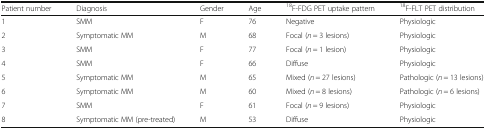
<table><thead><tr><td><b>Patient number</b></td><td><b>Diagnosis</b></td><td><b>Gender</b></td><td><b>Age</b></td><td><b><sup>18</sup>F-FDG PET uptake pattern</b></td><td><b><sup>18</sup>F-FLT PET distribution</b></td></tr></thead><tbody><tr><td>1</td><td>SMM</td><td>F</td><td>76</td><td>Negative</td><td>Physiologic</td></tr><tr><td>2</td><td>Symptomatic MM</td><td>M</td><td>68</td><td>Focal (<i>n</i> = 3 lesions)</td><td>Physiologic</td></tr><tr><td>3</td><td>SMM</td><td>F</td><td>77</td><td>Focal (<i>n</i> = 1 lesion)</td><td>Physiologic</td></tr><tr><td>4</td><td>SMM</td><td>F</td><td>66</td><td>Diffuse</td><td>Physiologic</td></tr><tr><td>5</td><td>Symptomatic MM</td><td>M</td><td>65</td><td>Mixed (<i>n</i> = 27 lesions)</td><td>Pathologic (<i>n</i> = 13 lesions)</td></tr><tr><td>6</td><td>Symptomatic MM</td><td>M</td><td>60</td><td>Mixed (<i>n</i> = 8 lesions)</td><td>Pathologic (<i>n</i> = 6 lesions)</td></tr><tr><td>7</td><td>SMM</td><td>F</td><td>61</td><td>Focal (<i>n</i> = 9 lesions)</td><td>Physiologic</td></tr><tr><td>8</td><td>Symptomatic MM (pre-treated)</td><td>M</td><td>53</td><td>Diffuse</td><td>Physiologic</td></tr></tbody></table>